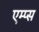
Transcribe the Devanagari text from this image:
एम्प्स